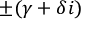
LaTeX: \pm ( \gamma + \delta i )